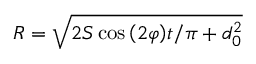
R = \sqrt { 2 S \cos { \left( 2 \varphi \right) } t / \pi + d _ { 0 } ^ { 2 } }